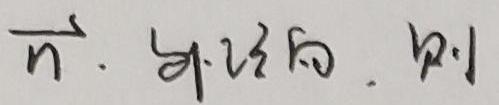
$\overrightarrow{n}\cdot \overrightarrow{a_{1}} = 0,\ \ \vert$